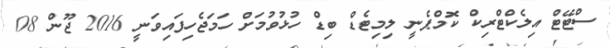
ސްޓޭޓް އިލެކްޓްރިކް ކޮމްޕެނީ ލިމިޓެޑް ބިޑް ހުޅުވުމަށް ހަމަޖެހިފައިވަނީ 2016 ޖޫން 08